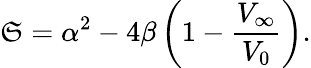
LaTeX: \mathfrak{S}=\alpha^{2}-4\beta\left(1-\frac{{V_{\infty}}}{{V_{0}}}\right){.}